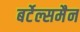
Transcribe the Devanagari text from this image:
बर्टेल्समैन